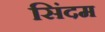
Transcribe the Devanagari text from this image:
सिंदम